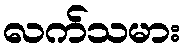
လက်သမား